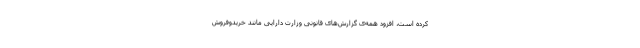
کرده است، افزود همه‌ی گزارش‌های قانونی وزارت دارایی مانند خریدوفروش